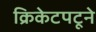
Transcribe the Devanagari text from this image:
क्रिकेटपटूने